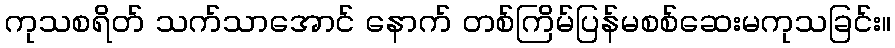
ကုသစရိတ် သက်သာအောင် နောက် တစ်ကြိမ်ပြန်မစစ်ဆေးမကုသခြင်း။